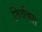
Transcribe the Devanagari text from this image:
तिर्यक्ता